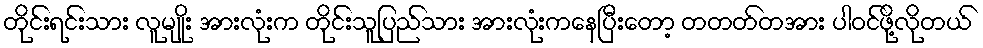
တိုင်းရင်းသား လူမျိုး အားလုံးက တိုင်းသူပြည်သား အားလုံးကနေပြီးတော့ တတတ်တအား ပါဝင်ဖို့လိုတယ်